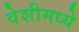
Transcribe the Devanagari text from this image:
वेशीमध्ये